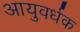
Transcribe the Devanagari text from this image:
आयुवर्धक